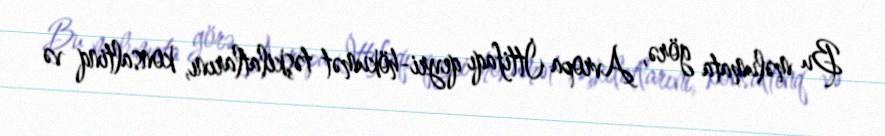
Bu məlumata görə, Avropa İttifaqı qeyri-hökumət təşkilatlarını, konsaltinq və